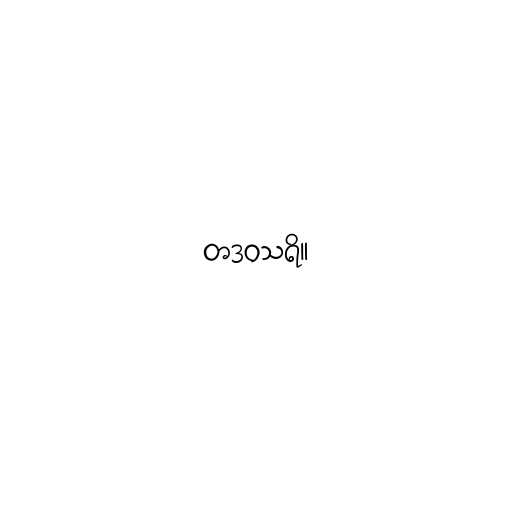
တဒဝသရိ။